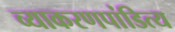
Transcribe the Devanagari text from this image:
व्याकरणपांडित्य